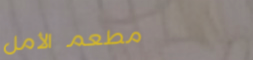
مطعم الأمل